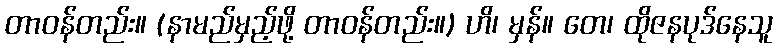
တာဝန်တည်း။ (နာမည်မှည့်ဖို့ တာဝန်တည်း။) ဟိ၊ မှန်။ တေ၊ ထိုဇနပုဒ်နေသူ